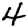
Digit: 4